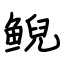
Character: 鲵